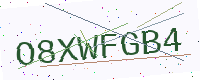
Text: O8XWFGB4